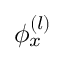
\phi _ { x } ^ { \left( l \right) }